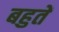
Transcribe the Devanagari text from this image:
बहुतें